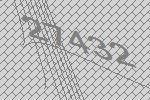
27432